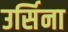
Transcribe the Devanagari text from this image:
उर्सिना